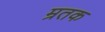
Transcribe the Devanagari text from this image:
म्रतक